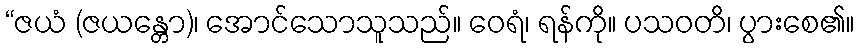
“ဇယံ (ဇယန္တော)၊ အောင်သောသူသည်။ ဝေရံ၊ ရန်ကို။ ပသဝတိ၊ ပွားစေ၏။